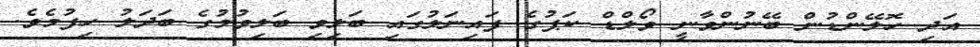
އަދި ހޮލޭންޑުން ބޭނުންވާނީ ވޯލްޑް ކަޕުގެ ފައިނަލުގައި ބަލިވި ބަލިވުމުގެ ބަދަލު ހިފުމެވެ.